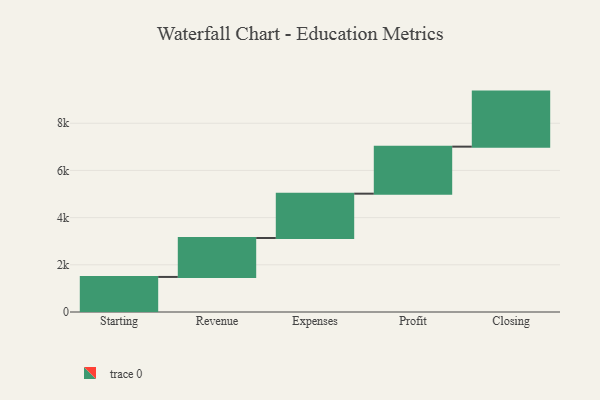
{"axis": {"x": "Step", "y": "Value"}, "legend": [""], "data": [{"x": "Starting", "y": 1486.0, "type": ""}, {"x": "Revenue", "y": 1650.0, "type": ""}, {"x": "Expenses", "y": 1879.0, "type": ""}, {"x": "Profit", "y": 1993.0, "type": ""}, {"x": "Closing", "y": 2333.0, "type": ""}]}